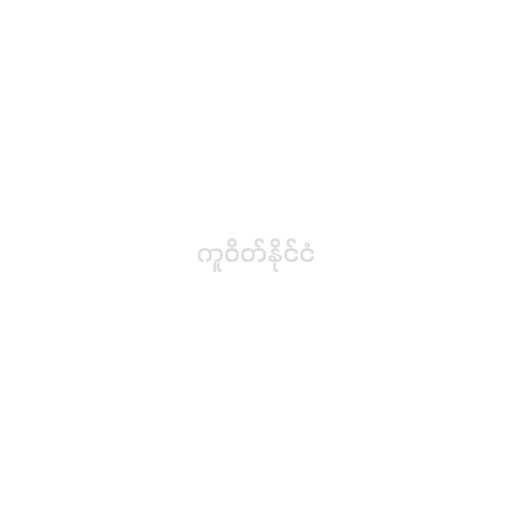
ကူဝိတ်နိုင်ငံ